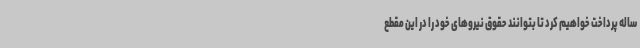
ساله پرداخت خواهیم کرد تا بتوانند حقوق نیروهای خود را در این مقطع